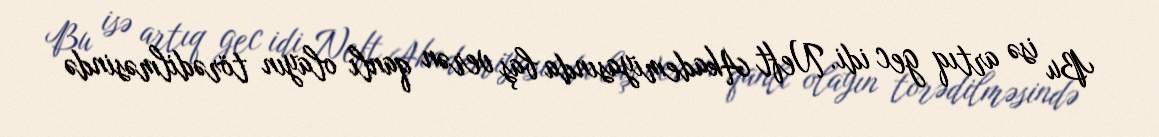
Bu isə artıq gec idi. Neft Akademiyasında baş verən qanlı olayın törədilməsində